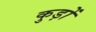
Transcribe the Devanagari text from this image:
कुड़ों